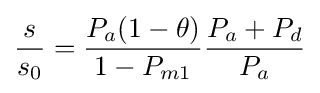
{\frac {s}{s_{0}}}={\frac {P_{a}(1-\theta )}{1-P_{m1}}}{\frac {P_{a}+P_{d}}{P_{a}}}